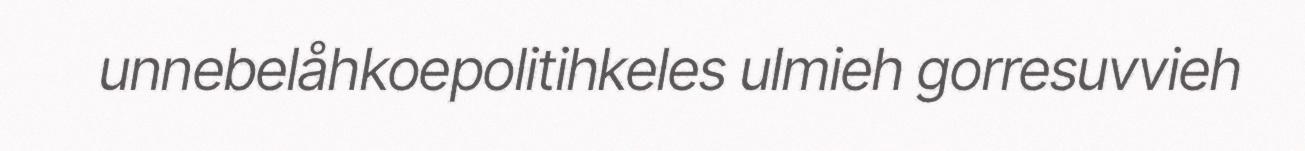
unnebelåhkoepolitihkeles ulmieh gorresuvvieh